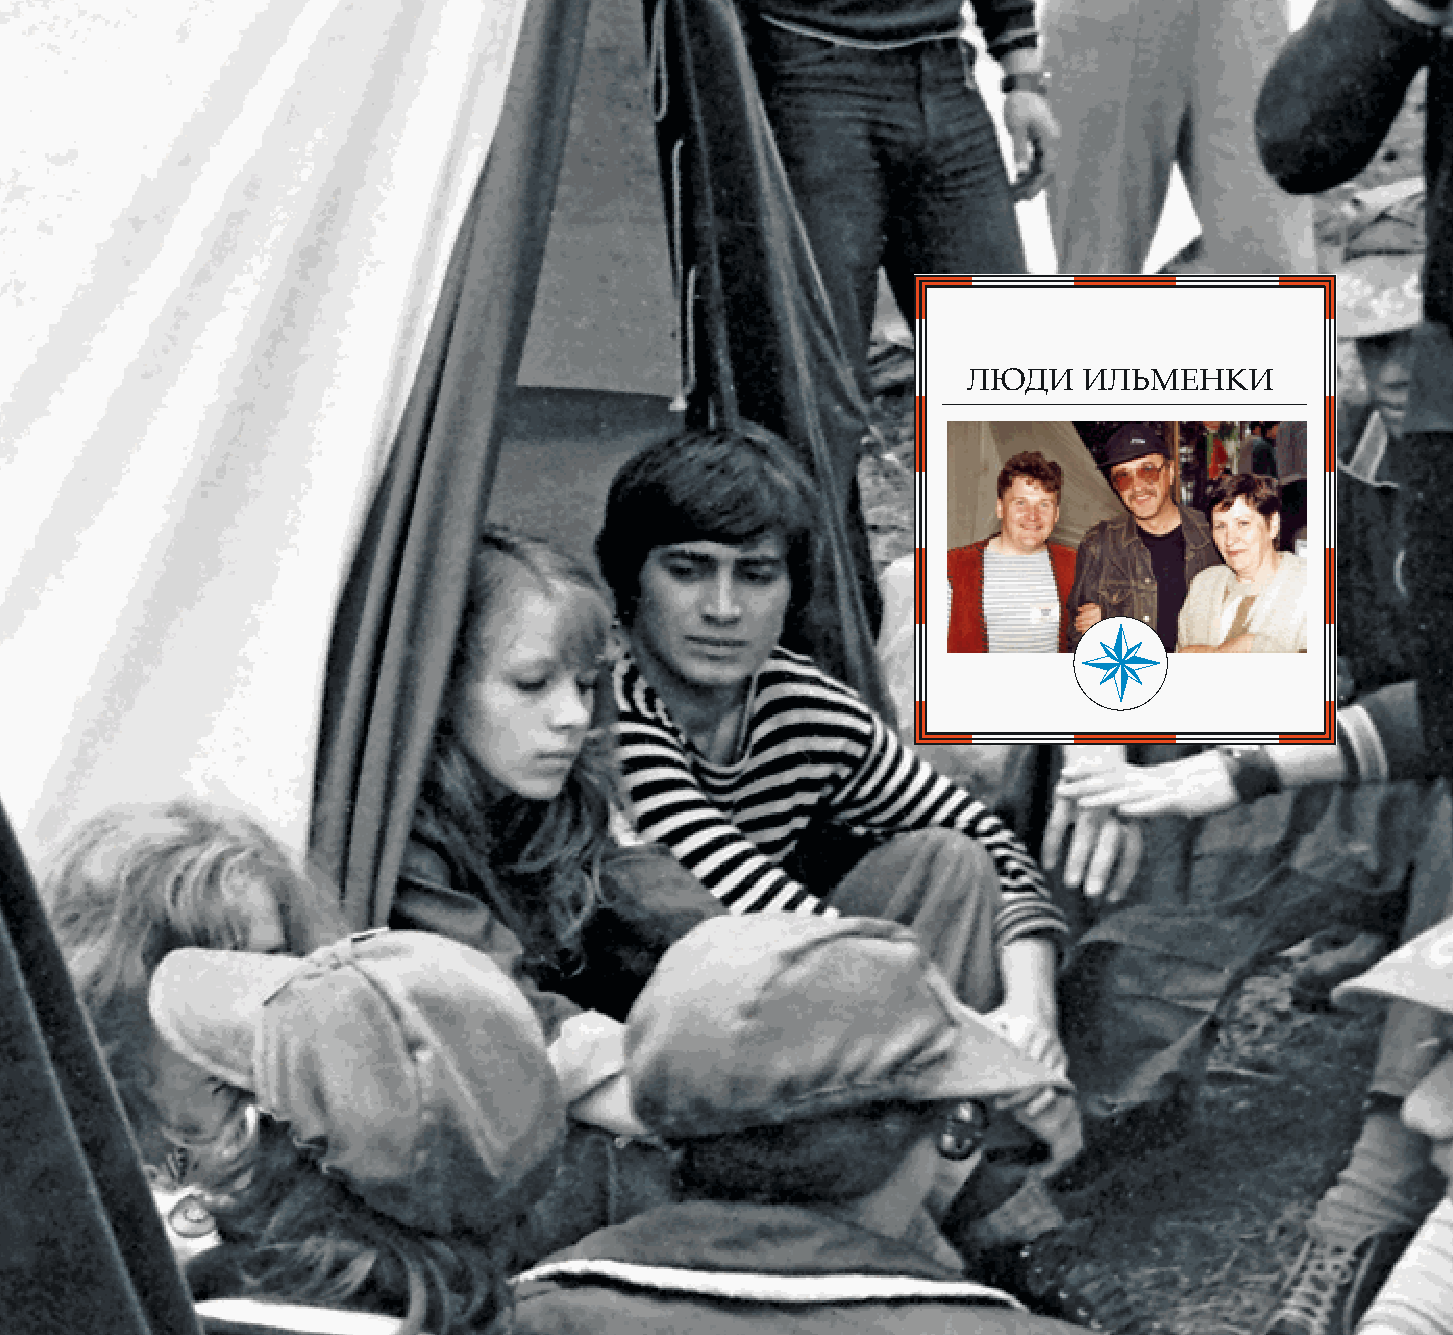
94                                                                                       95
 ЛЮДИ    ИЛЬМЕНКИ